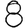
Digit: 8